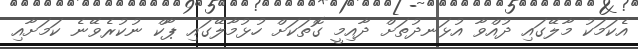
އެކަމަކު މާލޭގައި ދުއްވާ އުޅަނދުތަށް ދާއިމީ ގޮތަކަށް ހުޅުމާލޭގައި ޕާކް ނުކުރެވޭނެ ކަމަށާއި